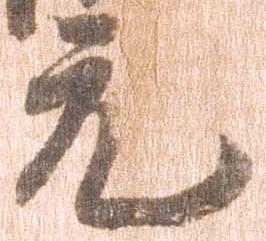
元